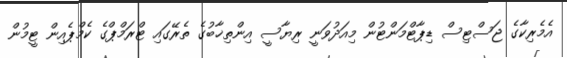
އެމެރިކާގެ ޖަސްޓިސް ޑިޕާޓްމަންޓުން މިއަދުވަނީ ރިޔާސީ އިންތިޚާބުގެ ތެރޭގައި ޓްރަމްޕްގެ ކެމްޕެއިން ޓީމުން